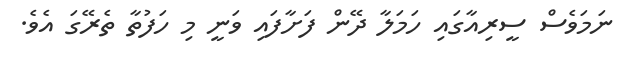
ނަމަވެސް ސީރިއާގައި ހަމަލާ ދޭން ފަށާފައި ވަނީ މި ހަފުތާ ތެރޭގަ އެވެ.